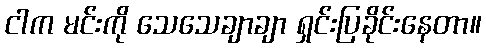
ငါက မင်းကို သေသေချာချာ ရှင်းပြခိုင်းနေတာ။